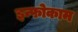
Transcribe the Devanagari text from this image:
इन्फोकाम